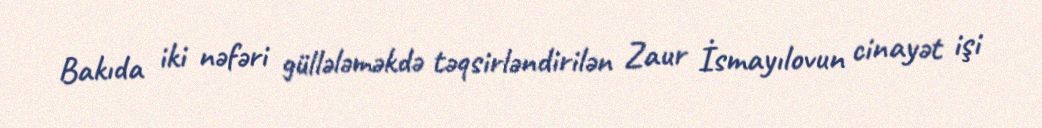
Bakıda iki nəfəri güllələməkdə təqsirləndirilən Zaur İsmayılovun cinayət işi